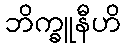
ဘိက္ခူနီဟိ